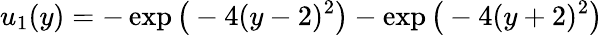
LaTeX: u_{1}(y)=-\exp\big(-4(y-2)^{2}\big)-\exp\big(-4(y+2)^{2}\big)